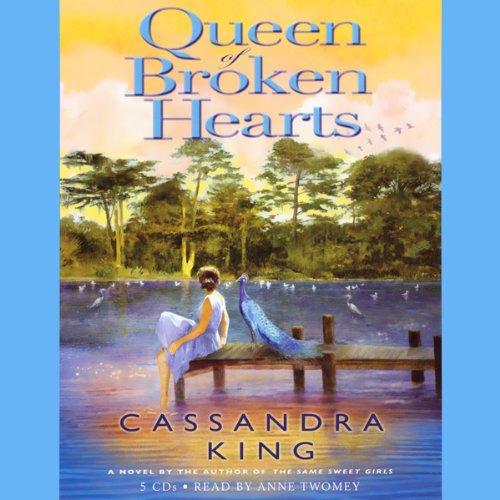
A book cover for Queen of Broken Hearts: A Novel; Cassandra King; Law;